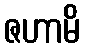
ဇဟာမိ